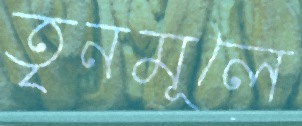
তৃনমূলে